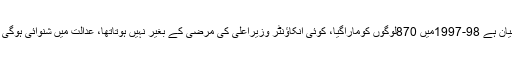
چیئرمین پی ٹی آئی نے مزید کہا کہ عابدباکسرکابیان ہے 98-1997میں 870لوگوں کوماراگیا، کوئی انکاؤنٹر وزیراعلیٰ کی مرضی کے بغیر نہیں ہوتاتھا، عدالت میں شنوائی ہوگی تو شہباز شریف کا بھی نواز شریف والا حال ہوگا۔